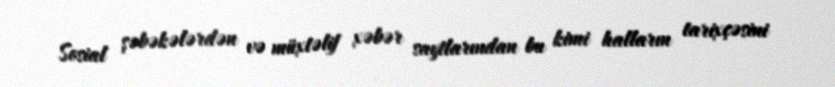
Sosial şəbəkələrdən və müxtəlif xəbər saytlarından bu kimi halların tarixçəsini